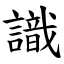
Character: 識